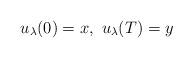
LaTeX: \begin{align*}u_{\lambda}(0)=x, \ u_{\lambda}(T)=y\end{align*}